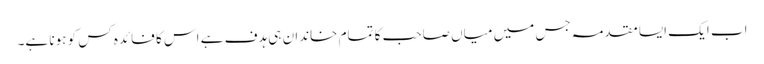
اب ایک ایسا مقدمہ جس میں میاں صاحب کا تمام خاندان ہی ہدف ہے اس کا فائدہ کس کو ہونا ہے۔